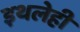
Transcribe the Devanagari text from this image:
इथलेही